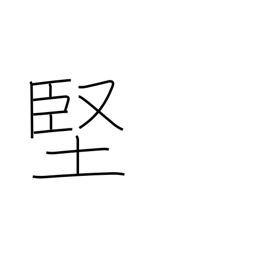
Meaning: tough